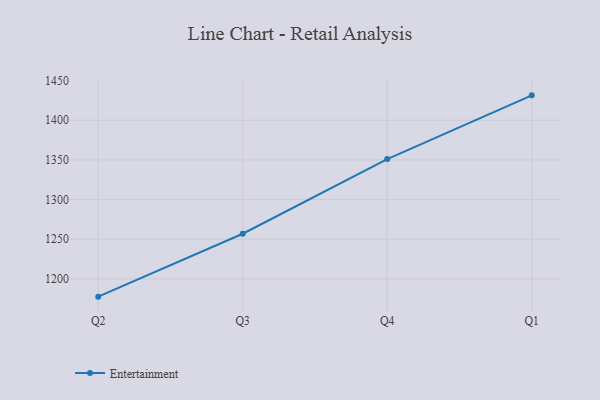
{"axis": {"x": "Quarter", "y": "Market Share (%)"}, "legend": ["Entertainment"], "data": [{"x": "Q2", "y": 1177.6, "type": "Entertainment"}, {"x": "Q3", "y": 1256.9, "type": "Entertainment"}, {"x": "Q4", "y": 1351.1, "type": "Entertainment"}, {"x": "Q1", "y": 1431.4, "type": "Entertainment"}]}